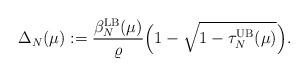
LaTeX: \begin{align*}\Delta_N(\mu) := \frac{\beta_N^{\textrm{LB}}(\mu)}{\varrho} \Big( 1-\sqrt{1-\tau_N^{\textrm{UB}}(\mu)}\Big).\end{align*}